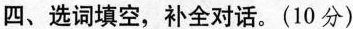
四、选词填空,补全对话.(10分)